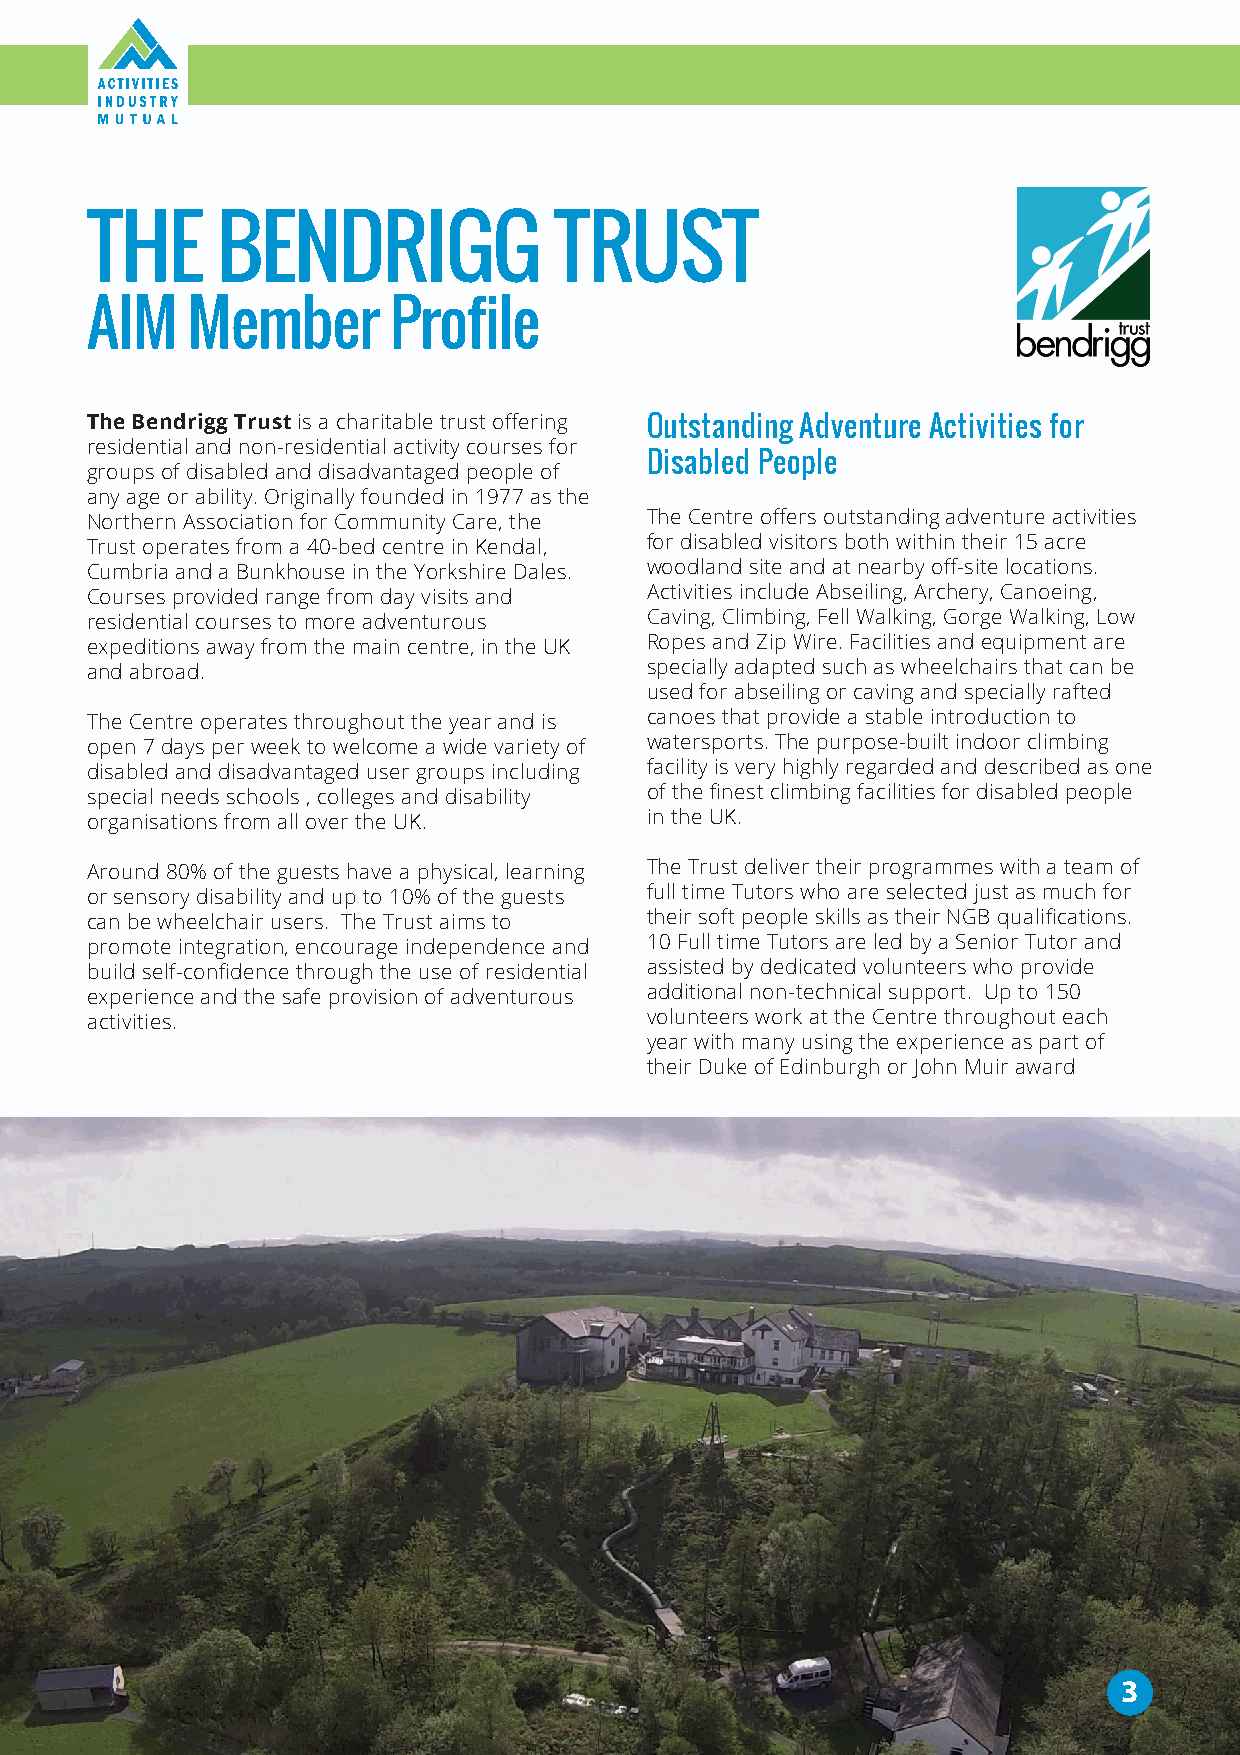
THE     BENDRIGG               TRUST
 AIM   Member        Profile
 The Bendrigg Trust is a charitable trust offering Outstanding Adventure Activities for
 residential and non-residential activity courses for
 Disabled People
 groups of disabled and disadvantaged people of
 any age or ability. Originally founded in 1977 as the
 Northern Association for Community Care, the The Centre offers outstanding adventure activities
 Trust operates from a 40-bed centre in Kendal, for disabled visitors both within their 15 acre
 Cumbria and a Bunkhouse in the Yorkshire Dales. woodland site and at nearby off-site locations.
 Courses provided range from day visits and Activities include Abseiling, Archery, Canoeing,
 residential courses to more adventurous Caving, Climbing, Fell Walking, Gorge Walking, Low
 expeditions away from the main centre, in the UK Ropes and Zip Wire. Facilities and equipment are
 and abroad.                          specially adapted such as wheelchairs that can be
 used for abseiling or caving and specially rafted
 The Centre operates throughout the year and is canoes that provide a stable introduction to
 open 7 days per week to welcome a wide variety of watersports. The purpose-built indoor climbing
 disabled and disadvantaged user groups including facility is very highly regarded and described as one
 special needs schools , colleges and disability of the finest climbing facilities for disabled people
 organisations from all over the UK.  in the UK.
 Around 80% of the guests have a physical, learning The Trust deliver their programmes with a team of
 or sensory disability and up to 10% of the guests full time Tutors who are selected just as much for
 can be wheelchair users. The Trust aims to their soft people skills as their NGB qualifications.
 promote integration, encourage independence and 10 Full time Tutors are led by a Senior Tutor and
 build self-confidence through the use of residential assisted by dedicated volunteers who provide
 experience and the safe provision of adventurous additional non-technical support. Up to 150
 activities.                          volunteers work at the Centre throughout each
 year with many using the experience as part of
 their Duke of Edinburgh or John Muir award
 3